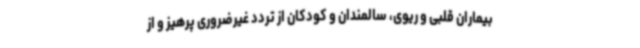
بیماران قلبی و ریوی، سالمندان و کودکان از تردد غیرضروری پرهیز و از